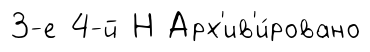
3-е 4-й Н Арх'ив'и́ровано